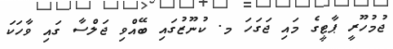
ޖުމުހޫރީ ޕާޓީގެ މައި ޖަގަހަ މ. ކުނޫޒުގައި ބޭއްވި ޖަލްސާ ގައި ވާހަކަ